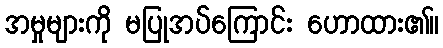
အမှုများကို မပြုအပ်ကြောင်း ဟောထား၏။